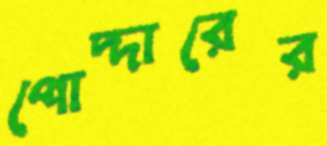
পোদ্দারের